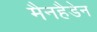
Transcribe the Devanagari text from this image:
मैनहैडेन